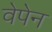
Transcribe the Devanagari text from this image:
वेपेन